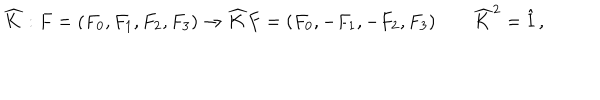
\widehat { K } : F = ( F _ { 0 } , F _ { 1 } , F _ { 2 } , F _ { 3 } ) \to \widehat { K } F = ( F _ { 0 } , - F _ { 1 } , - F _ { 2 } , F _ { 3 } ) \qquad \widehat { K } ^ { 2 } = \hat { \mathrm { I } } \, ,